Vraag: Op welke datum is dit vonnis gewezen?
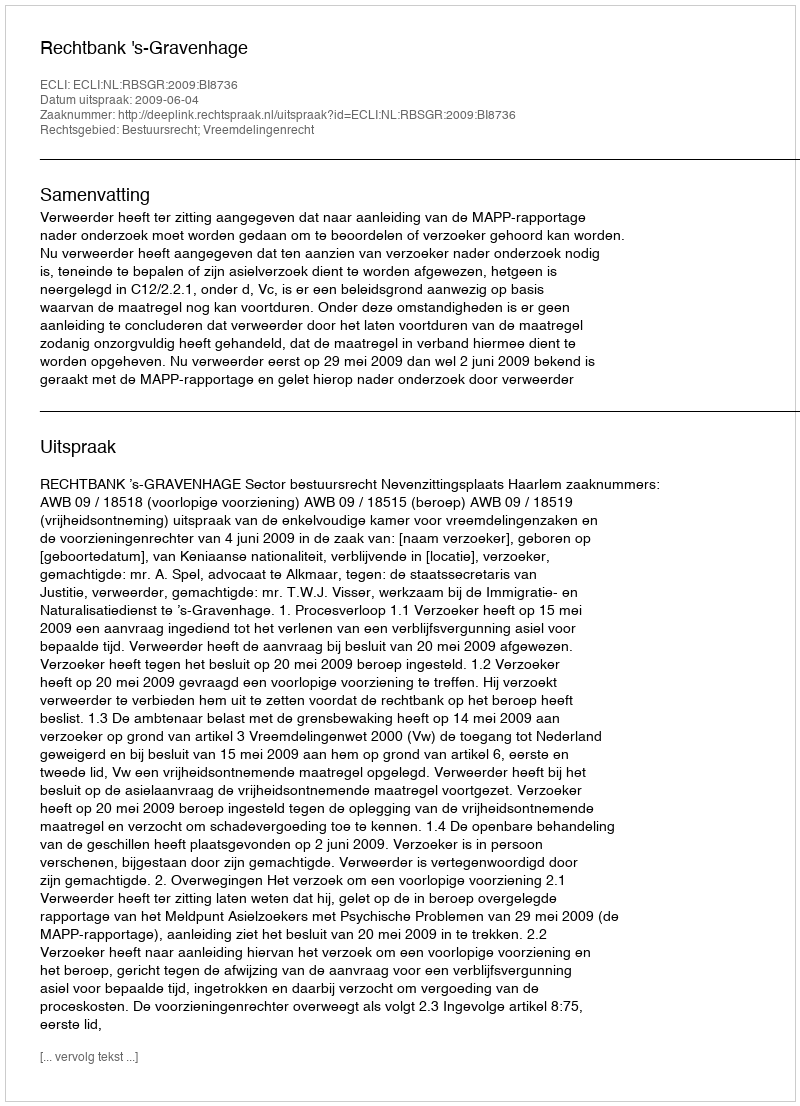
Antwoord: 2009-06-04